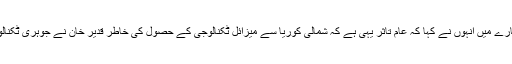
شمالی کوریا کے بارے میں اُنہوں نے کہا کہ عام تاثر یہی ہے کہ شمالی کوریا سے میزائل ٹکنالوجی کے حصول کی خاطر قدیر خان نے جوہری ٹکنالوجی اسے فراہم کی۔